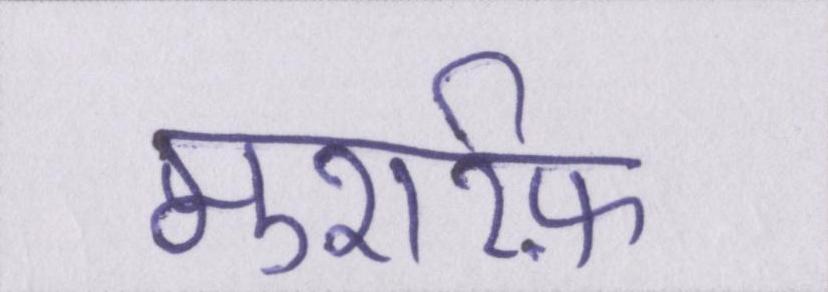
मुशर्रफ़